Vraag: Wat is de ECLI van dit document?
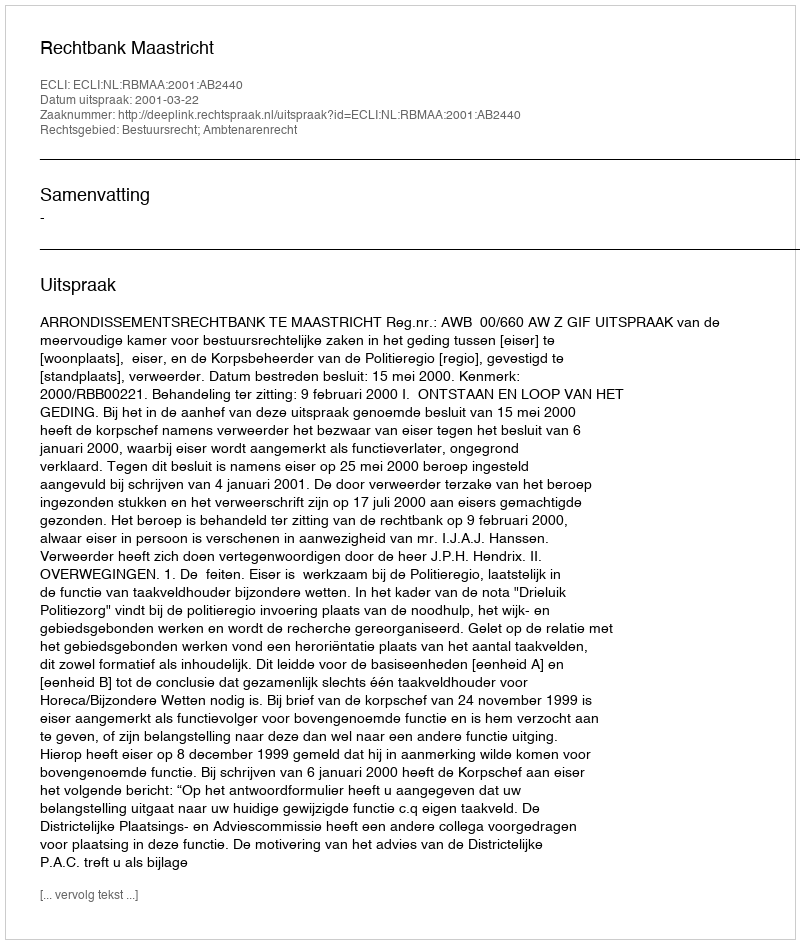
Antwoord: ECLI:NL:RBMAA:2001:AB2440